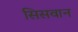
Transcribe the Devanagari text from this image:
सिसवान